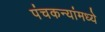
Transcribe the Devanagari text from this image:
पंचकन्यांमध्ये